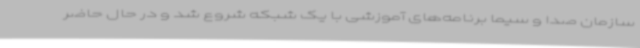
سازمان صدا و سیما برنامه‌های آموزشی با یک شبکه شروع شد و در حال حاضر